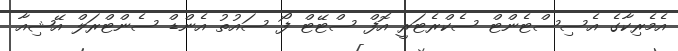
އެމެެރިކާގެ އެސިސްޓެންޓް ސެކްރެޓަރީ އޮފް ސްޓޭޓް ފޯ ސައުތު އެންޑް ސެންޓްރަލް އޭޝިއާ